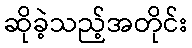
ဆိုခဲ့သည့်အတိုင်း